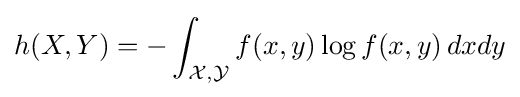
h(X,Y)=-\int _{{\mathcal {X}},{\mathcal {Y}}}f(x,y)\log f(x,y)\,dxdy